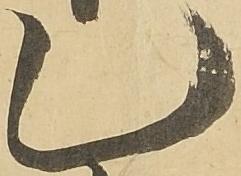
乙